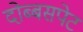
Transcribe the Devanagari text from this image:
दोब्बसपेट